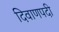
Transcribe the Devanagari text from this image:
दिवाणपदी